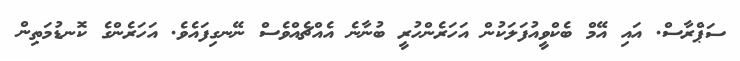
ސަޕްރާސް. އައި އޭމް ބެކްވީއުފަލަކުން އަހަރެންހުރީ ބުނާނެ އެއްޗެއްވެސް ނޭނގިފައެވެ. އަހަރެންގެ ކޮނޑުމަތިން